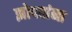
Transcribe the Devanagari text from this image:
झोपतांना